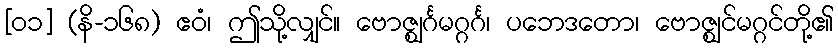
[၀၁] (နိ-၁၆၈) ဧဝံ၊ ဤသို့လျှင်။ ဗောဇ္ဈင်္ဂမဂ္ဂင်္ဂ၊ ပဘေဒတော၊ ဗောဇ္ဈင်မဂ္ဂင်တို့၏